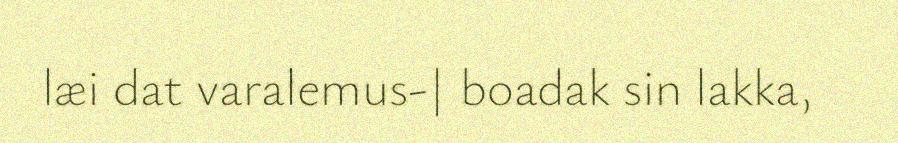
læi dat varalemus-| boadak sin lakka,